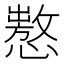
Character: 𢢡